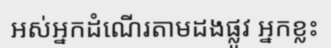
អស់អ្នកដំណើរតាមដងផ្លូវ អ្នកខ្លះ